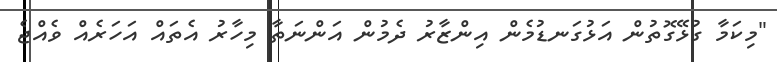
"މިކަމާ ގުޅޭގޮތުން އަޅުގަނޑުމެން އިންޒާރު ދެމުން އަންނަތާ މިހާރު އެތައް އަހަރެއް ވެއްޖެ